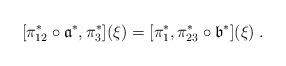
\begin{align*}[\pi_{12}^*\circ\mathfrak a^*,\pi_3^*](\xi)=[\pi_1^*,\pi_{23}^*\circ\mathfrak b^*](\xi)\;.\end{align*}